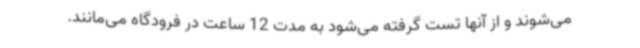
می‌شوند و از آنها تست گرفته می‌شود به مدت 12 ساعت در فرودگاه می‌مانند.